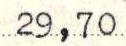
29,70